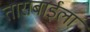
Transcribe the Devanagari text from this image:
ताराबाईला